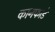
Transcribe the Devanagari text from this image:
कानफाडे